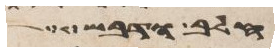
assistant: חלב ודבש